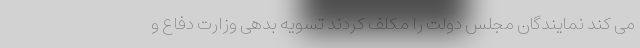
می کند نمایندگان مجلس دولت را مکلف کردند تسویه بدهی وزارت دفاع و